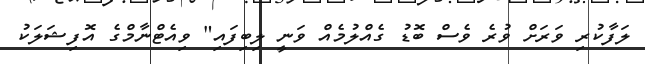
ލަފާކުރި ވަރަށް ވުރެ ވެސް ބޮޑު ގެއްލުމެއް ވަނީ ލިބިފައި" ވިއެޓްނާމްގެ އޮފިޝަލަކު